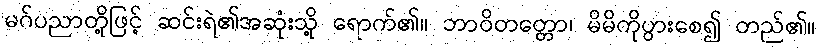
မဂ်ပညာတို့ဖြင့် ဆင်းရဲ၏အဆုံးသို့ ရောက်၏။ ဘာဝိတတ္တော၊ မိမိကိုပွားစေ၍ တည်၏။